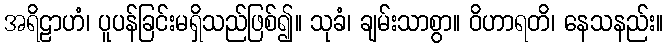
အရိဠာဟံ၊ ပူပန်ခြင်းမရှိသည်ဖြစ်၍။ သုခံ၊ ချမ်းသာစွာ။ ဝိဟာရတိ၊ နေသနည်း။